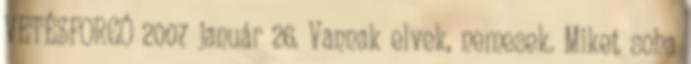
VETÉSFORGÓ 2007 január 26. Vannak elvek, nemesek. Miket soha